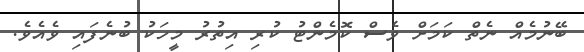
ބޭނުމެއް ނެތް ކަމަށް ވެސް ކޮމެންޓު ކުރި އިތުރު މީހަކު ބުނެފައި ވެއެވެ.